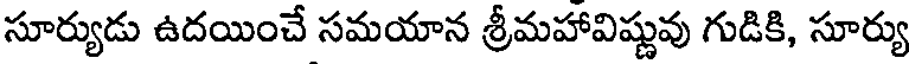
సూర్యుడు ఉదయించే సమయాన శ్రీమహావిష్ణువు గుడికి, సూర్యు